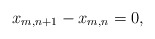
\begin{align*}x_{m,n+1} - x_{m,n} = 0,\end{align*}